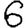
Digit: 6